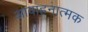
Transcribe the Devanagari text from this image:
आवाहनात्मक